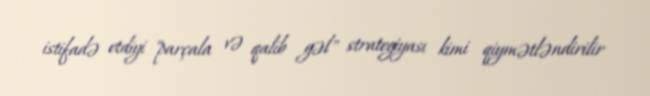
istifadə etdiyi "parçala və qalib gəl" strategiyası kimi qiymətləndirilir